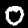
Digit: 0